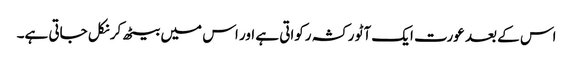
اس کے بعد عورت ایک آٹو رکشہ رکواتی ہے اور اس میں بیٹھ کر نکل جاتی ہے۔